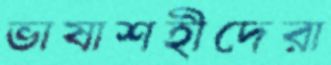
ভাষাশহীদেরা